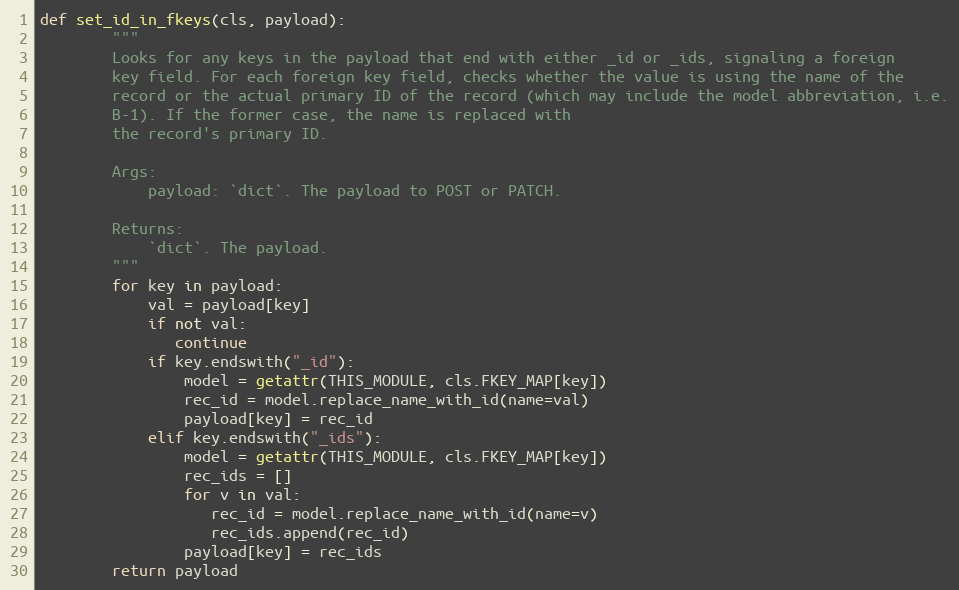
Language: Python
def set_id_in_fkeys(cls, payload):
        """
        Looks for any keys in the payload that end with either _id or _ids, signaling a foreign
        key field. For each foreign key field, checks whether the value is using the name of the
        record or the actual primary ID of the record (which may include the model abbreviation, i.e.
        B-1). If the former case, the name is replaced with
        the record's primary ID.

        Args:
            payload: `dict`. The payload to POST or PATCH.

        Returns:
            `dict`. The payload.
        """
        for key in payload:
            val = payload[key]
            if not val:
               continue
            if key.endswith("_id"):
                model = getattr(THIS_MODULE, cls.FKEY_MAP[key])
                rec_id = model.replace_name_with_id(name=val)
                payload[key] = rec_id
            elif key.endswith("_ids"):
                model = getattr(THIS_MODULE, cls.FKEY_MAP[key])
                rec_ids = []
                for v in val:
                   rec_id = model.replace_name_with_id(name=v)
                   rec_ids.append(rec_id)
                payload[key] = rec_ids
        return payload